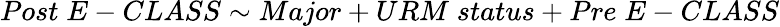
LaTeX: Post\; E-CLASS\sim Major+URM\; status+Pre\; E-CLASS